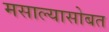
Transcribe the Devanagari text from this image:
मसाल्यासोबत